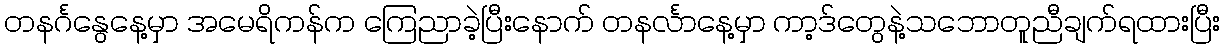
တနင်္ဂနွေနေ့မှာ အမေရိကန်က ကြေညာခဲ့ပြီးနောက် တနင်္လာနေ့မှာ ကာ့ဒ်တွေနဲ့သဘောတူညီချက်ရထားပြီး